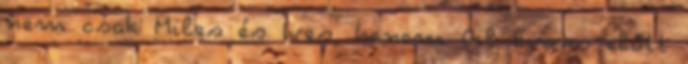
nem csak Miles és Ives, hanem Gil Evans előtt